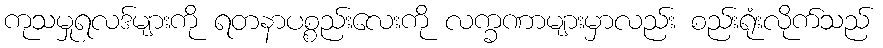
ကုသမှုရလဒ်များကို ရတနာပစ္စည်းလေးကို လက္ခဏာများမှာလည်း စည်းရုံးလိုက်သည်